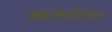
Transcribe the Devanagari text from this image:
आत्मशोधन